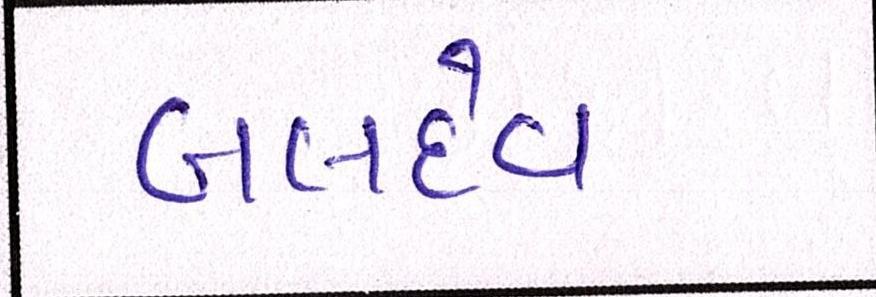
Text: બલદેવ